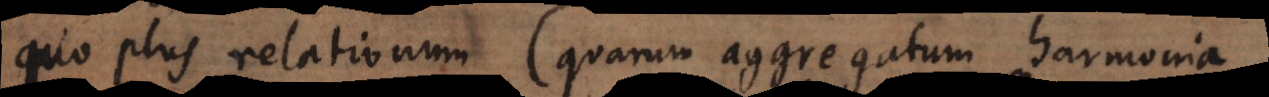
quo plus relationum (quarum aggregatum harmonia